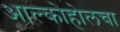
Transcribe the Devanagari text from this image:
आल्कोहोलचा